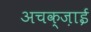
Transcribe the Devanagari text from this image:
अचक्ज़ाई